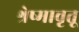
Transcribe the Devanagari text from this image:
श्रेष्मावृतू